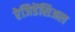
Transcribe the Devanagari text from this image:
रेजिडेंसिअल